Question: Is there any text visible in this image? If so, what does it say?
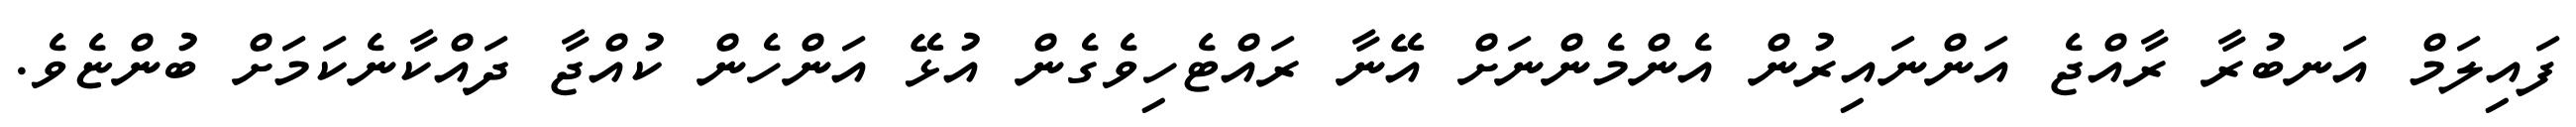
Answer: ފައިލަމް އަނބުރާ ރާއްޖެ އަންނައިރުން އެންމެންނަށް އޭނާ ރައްޓެހިވެގެން އުޅޭ އަންހެން ކުއްޖާ ދައްކާނެކަމަށް ބުންޏެވެ.